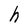
Character: h